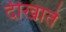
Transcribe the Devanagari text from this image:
दीखाते